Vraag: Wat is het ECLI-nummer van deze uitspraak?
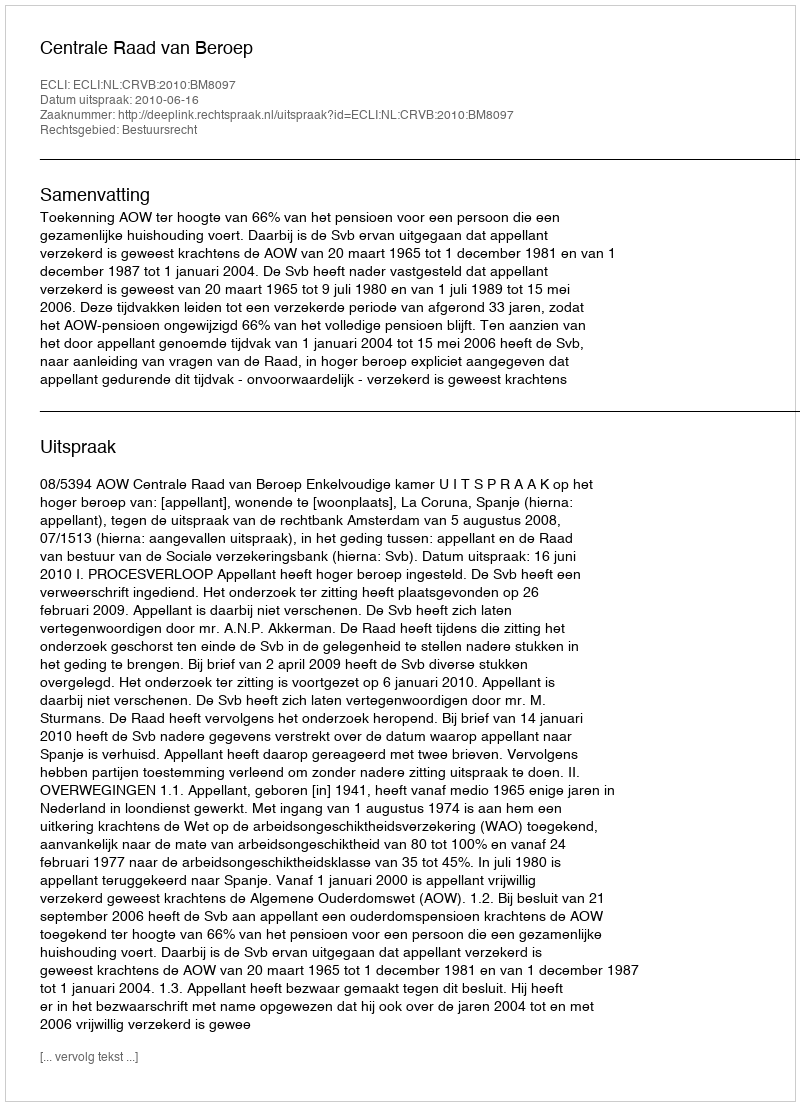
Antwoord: ECLI:NL:CRVB:2010:BM8097